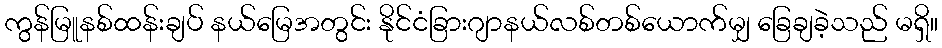
ကွန်မြူနစ်ထန်းချပ် နယ်မြေအတွင်း နိုင်ငံခြားဂျာနယ်လစ်တစ်ယောက်မျှ ခြေချခဲ့သည် မရှိ။